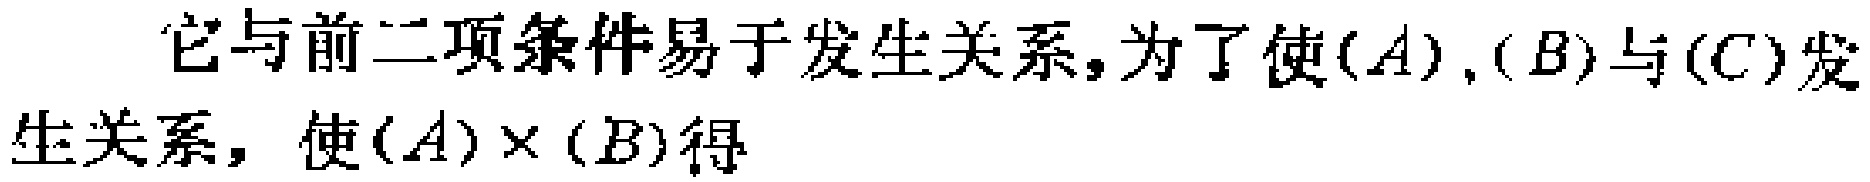
它与前二项条件易于发生关系,为了使\((A)\),\((B)\)与\((C)\)发生关系，使\((A)\times(B)\)得